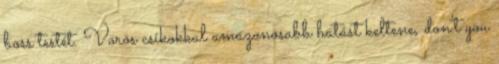
boss testét. Vörös csíkokkal amazonosabb hatást keltene, don't you